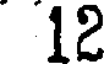
12